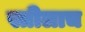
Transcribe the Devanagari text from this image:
स्त्रीलाच